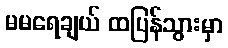
မမရေချယ် ထပြန်သွားမှာ